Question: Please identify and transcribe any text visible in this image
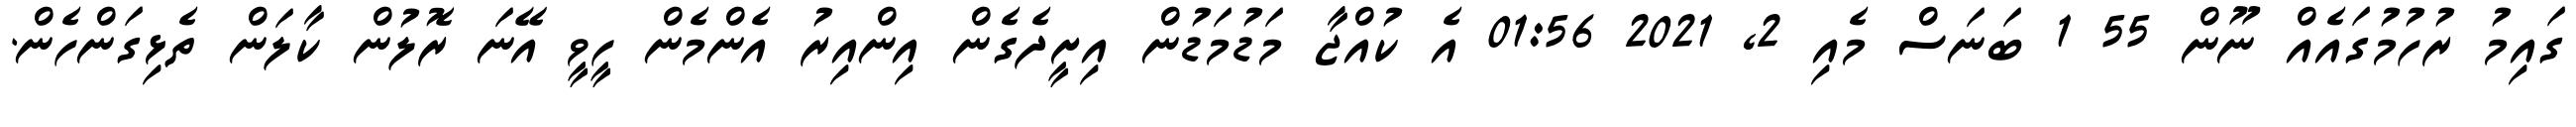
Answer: ގައިމު ރުހުމުގައެއް ނޫން 55 1 ބަނަސް މެއި 2, 2021 01:56 އެ ކުއްޖާ މަޑުމަޑުން އިށީދެގެން އިންއިރު އެންމެން ހީވީ އޭނަ ރޮލުން ކާލަން ތެޅިގަންހެން.